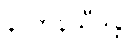
နာဘိနိသီဒန္တိ